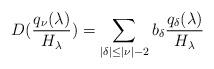
LaTeX: \begin{align*}D(\frac{q_{\nu}(\lambda)}{H_\lambda})=\sum_{|\delta|\leq|\nu|-2}b_{\delta}\frac{q_\delta(\lambda)}{H_\lambda}\end{align*}